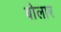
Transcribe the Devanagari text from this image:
बोलार